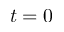
t = 0